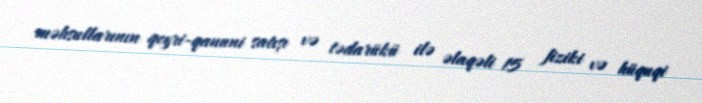
məhsullarının qeyri-qanuni satışı və tədarükü ilə əlaqəli 15 fiziki və hüquqi